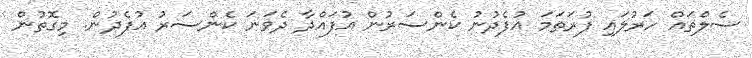
ސެލްތައް ހަރުލައި ފުރަތަމަ އުފެދުނު ކެންސަރުން އުފައްދާ ދެވަނަ ކެންސަރު އުފެދުން. މިގޮތުން